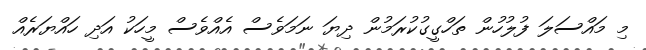
މި މައްސަލަ ފުލުހުން ތަހްގީގުކުރަމުން ދިޔަ ނަމަވެސް އެއްވެސް މީހަކު އަދި ހައްޔަރެއް